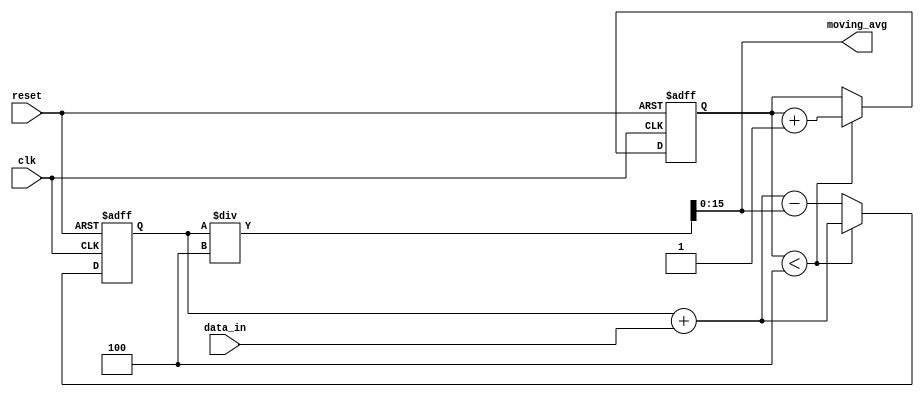
module moving_average_accumulator (
    input wire clk,
    input wire reset,
    input wire [7:0] data_in,
    output reg [15:0] moving_avg
);

// Parameters
parameter WINDOW_SIZE = 4;

// Internal signals
reg [15:0] sum = 0;
reg [3:0] count = 0;

always @(posedge clk or posedge reset) begin
    if (reset) begin
        sum <= 0;
        count <= 0;
    end else begin
        if (count < WINDOW_SIZE) begin
            count <= count + 1;
            sum <= sum + data_in;
        end else begin
            sum <= sum + data_in - moving_avg;
        end
    end
end

always @* begin
    moving_avg = sum / WINDOW_SIZE;
end

endmodule